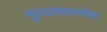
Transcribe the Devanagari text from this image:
मूल्यव्यवस्थेचा